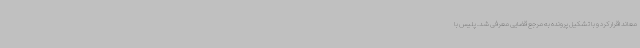
معاند اقرار کرد و با تشکیل پرونده به مرجع قضایی معرفی شد. پلیس با